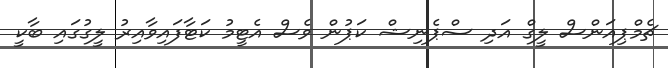
ޗެމްޕިއަންސް ލީގް އަދި ސްޕެނިޝް ކަޕުން ވެސް އެޓީމު ކަޓާފައިވާއިރު ލީގުގައި ބާކީ